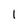
Character: l